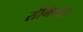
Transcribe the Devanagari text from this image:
सॅगिनाउ